Report on horse surra - Volume I
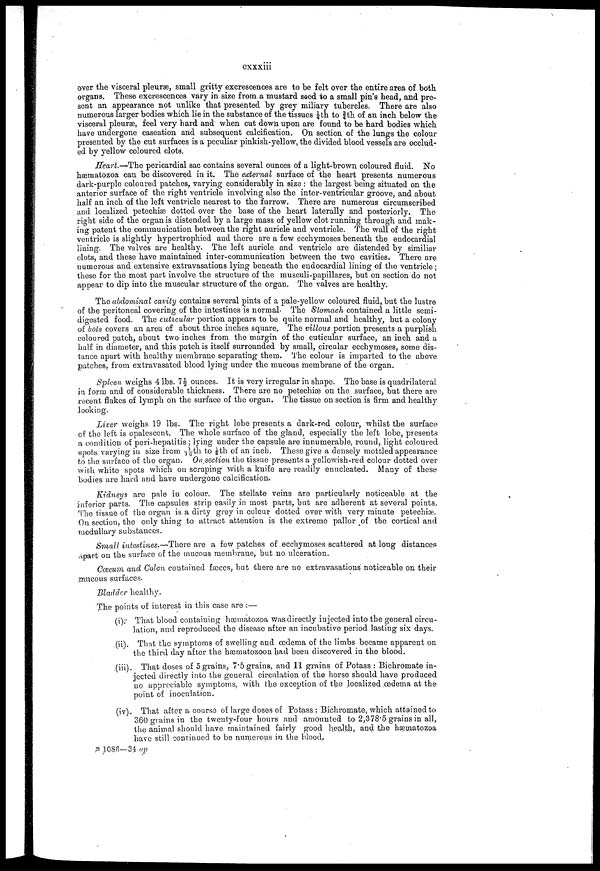
cxxxiii
over the visceral pleuræ, small gritty excrescences are to be felt over the entire area of both
organs. These excrescences vary in size from a mustard seed to a small pin's head, and pre-
sent an appearance not unlike that presented by grey miliary tubercles. There are also
numerous larger bodies which lie in the substance of the tissues 1/4 th to 3/4 th of an inch below the
visceral pleurae, feel very hard and when cut down upon are found to be hard bodies which
have undergone caseation and subsequent calcification. On section of the lungs the colour
presented by the cut surfaces is a peculiar pinkish-yellow, the divided blood vessels are occlud-
ed by yellow coloured clots.
Heart.—The pericardial sac contains several ounces of a light-brown coloured fluid. No
hæmatozoa can be discovered in it. The external surface of the heart presents numerous
dark-purple coloured patches, varying considerably in size : the largest being situated on the
anterior surface of the right ventricle involving also the inter-ventricular groove, and about
half an inch of the left ventricle nearest to the farrow. There are numerous circumscribed
and localized petechias dotted over the base of the heart laterally and posteriorly. The
right side of the organ is distended by a large mass of yellow clot running through and mak-
ing patent the communication between the right auricle and ventricle. The wall of the right
ventricle is slightly hypertrophied and there are a few ecchymoses beneath the endocardial
lining. The valves are healthy. The left auricle and ventricle are distended by similiar
clots, and these have maintained inter-communication between the two cavities. There are
numerous and extensive extravasations lying beneath the endocardial lining of the ventricle;
these for the most part involve the structure of the musculi-papillares, but on section do not
appear to dip into the muscular structure of the organ. The valves are healthy.
The abdominal cavity contains several pints of a pale-yellow coloured fluid, but the lustre
of the peritoneal covering of the intestines is normal- The Stomach contained a little semi-
digested food. The cuticular portion appears to be quite normal and healthy, but a colony
of hots covers an area of about three inches square. The villous portion presents a purplish
coloured patch, about two inches from the margin of the cuticular surface, an inch and a
half in diameter, and this patch is itself surrounded by small, circular ecchymoses, some dis-
tance apart with healthy membrane separating them. The colour is imparted to the above
patches, from extravasated blood lying under the mucous membrane of the organ.
Spleen weighs 4 lbs. 7½ounces. It is very irregular in shape. The base is quadrilateral
in form and of considerable thickness. There are no petechias on the surface, but there are
recent flakes of lymph on the surface of the organ. The tissue on section is firm and healthy
looking.
Liver weighs 19 lbs. The right lobe presents a dark-red colour, whilst the surface
of the left is opalescent. The whole surface of the gland, especially the left lobe, presents
a condition of peri-hepatitis ; lying under the capsule are innumerable, round, light coloured
spots vaiying in size from 1/16 th to 1/8 th of an inch. These give a densely mottled appearance
to the surface of the organ. On section the tissue presents a yellowish-red colour dotted over
with white spots which on scraping with a knife are readily enucleated. Many of these
bodies are hard and have undergone calcification.
Kidnevs are pale in colour. The stellate veins are particularly noticeable at the
inferior parts. The capsules strip easily in most parts, but are adherent at several points.
The tissue of the organ is a dirty grey in colour dotted over with very minute petechias.
On section, the only thing to attract attention is the extreme pallor of the cortical and
medullary substances.
Small intestines.—There are a few patches of ecchymoses scattered at long distances
apart on the surface of the mucous membrane, but no ulceration.
Cæcum and Colon contained fasces, but there are no extravasations' noticeable on their
mucous surfaces.
Bladder healthy.
The points of interest in this case are :—
(i). That blood containing hæmatozoa was directly injected into the general circu-
lation, and reproduced the disease after an incubative period lasting six days.
(ii). That the symptoms of swelling and œdema of the limbs became apparent on
the third day after the hæmatozoon had been discovered in the blood.
(in). That doses of 5 grains, 7.5 grains, and 11 grains of Potass : Bichromate in-
jected directly into the general circulation of the horse should have produced
no appreciable symptoms, with the exception of the localized œdema at the
point of inoculation.
(iv). That after a course of large doses of Potass : Bichromate, which attained to
360 grains in the twenty-four hours and amounted to 2,378.5 grains in all,
the animal should have maintained fairly good health, and the hæmatozoa
have still continued to be numerous in the blood.
B 1086—34 ap